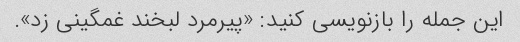
این جمله را بازنویسی کنید: «پیرمرد لبخند غمگینی زد».